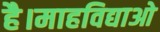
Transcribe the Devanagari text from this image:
है।माहविद्याओ